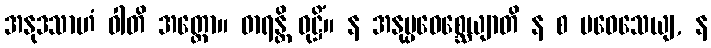
အနုဒသာဟံ ဝါတိ အတ္ထော။ ဓာရန္တိ ဝုဋ္ဌိံ။ န အနုပ္ပဝေစ္ဆေယျာတိ န စ ပဝေသေယျ, န